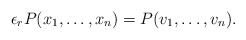
\begin{align*}\epsilon_rP(x_1, \ldots, x_n)=P(v_1, \ldots, v_n).\end{align*}